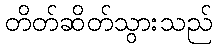
တိတ်ဆိတ်သွားသည်